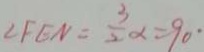
\angle F E N = \frac { 3 } { 2 } \alpha = 9 0 ^ { \circ }